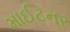
માઈટનર